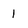
Character: 1